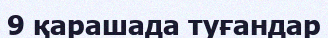
9 қарашада туғандар